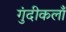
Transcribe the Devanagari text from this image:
गुंदीकलाँ